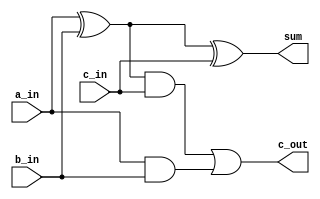
`timescale 1ns / 1ps
//////////////////////////////////////////////////////////////////////////////////
// Company: 
// Engineer: 
// 
// Design Name: 
// Module Name: full_adder_samp
// Project Name: 
// Target Devices: 
// Tool Versions: 
// Description: 
// 
// Dependencies: 
// 
// Revision:
// Revision 0.01 - File Created
// Additional Comments:
// 
//////////////////////////////////////////////////////////////////////////////////


module full_adder_samp(
    input a_in,
    input b_in,
    input c_in,
    output sum,
    output c_out
    );
    wire w1,w2,w3;
    
    assign sum = a_in^b_in^c_in;
    assign c_out = ((a_in^b_in)&c_in)|(a_in&b_in);
    
    
endmodule